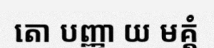
តោ បញ្ញា យ មគ្គំ